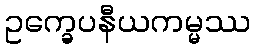
ဥက္ခေပနီယကမ္မဿ